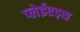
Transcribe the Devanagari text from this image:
प्लेईएड्स